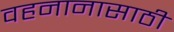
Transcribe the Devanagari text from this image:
वहनानासाठी